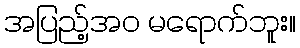
အပြည့်အဝ မရောက်ဘူး။